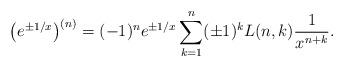
LaTeX: \begin{align*}\bigl(e^{\pm1/x}\bigr)^{(n)}=(-1)^n{e^{\pm1/x}}\sum_{k=1}^{n}(\pm1)^{k}L(n,k)\frac1{x^{n+k}}.\end{align*}